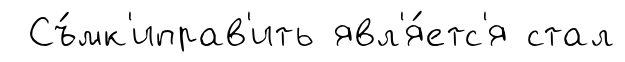
Съ́мк'иправ'ить явл'я́етс'я стал